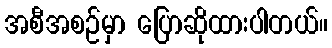
အစီအစဉ်မှာ ပြောဆိုထားပါတယ်။